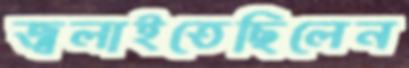
জ্বলাইতেছিলেন